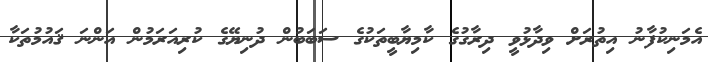
އެމަނިކުފާނު އިތުރަށް ވިދާޅުވީ ދިރާގުގެ ކާމިޔާބީތަކުގެ ސަބަބުން ދުނިޔޭގެ ކުރިއަރަމުން އަންނަ ޤައުމުތަކާ